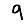
Digit: 9